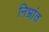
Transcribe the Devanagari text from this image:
निभ्रांत